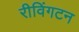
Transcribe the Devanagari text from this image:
रीविंगटन